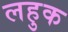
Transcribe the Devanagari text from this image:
लहुक